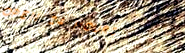
OPEN 24 HOURS